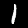
Label: 1